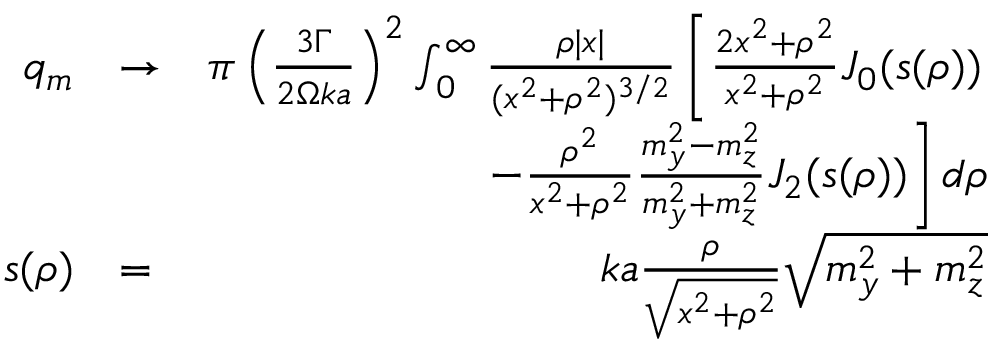
\begin{array} { r l r } { q _ { m } } & { \to } & { \pi \left( \frac { 3 \Gamma } { 2 \Omega k a } \right) ^ { 2 } \int _ { 0 } ^ { \infty } \frac { \rho | x | } { ( x ^ { 2 } + \rho ^ { 2 } ) ^ { 3 / 2 } } \left[ \frac { 2 x ^ { 2 } + \rho ^ { 2 } } { x ^ { 2 } + \rho ^ { 2 } } J _ { 0 } ( s ( \rho ) ) \right. } \\ & { \null } & { \left. - \frac { \rho ^ { 2 } } { x ^ { 2 } + \rho ^ { 2 } } \frac { m _ { y } ^ { 2 } - m _ { z } ^ { 2 } } { m _ { y } ^ { 2 } + m _ { z } ^ { 2 } } J _ { 2 } ( s ( \rho ) ) \right] d \rho } \\ { s ( \rho ) } & { = } & { k a \frac { \rho } { \sqrt { x ^ { 2 } + \rho ^ { 2 } } } \sqrt { m _ { y } ^ { 2 } + m _ { z } ^ { 2 } } } \end{array}